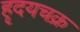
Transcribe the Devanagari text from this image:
हृदयचक्र